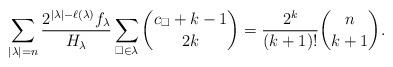
LaTeX: \begin{align*}\sum_{|\lambda|=n}\frac{2^{|\lambda|-\ell(\lambda)}f_{\lambda}}{H_{\lambda}}\sum_{\square\in\lambda}\binom{c_{\square}+k-1}{2k}=\frac{2^k}{(k+1)!}\binom{n}{k+1}.\end{align*}